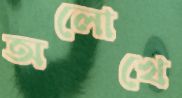
অলোখে